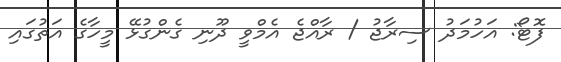
ފޮޓޯ: އަހުމަދު ސިރާޖު / ރާއްޖެ އެމްވީ ދޫނި ގެންގުޅޭ މީހާގެ އަތުގައި